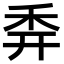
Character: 𥝯